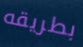
بطريقه